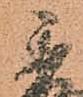
秀